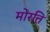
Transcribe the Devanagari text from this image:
मोरत्ति